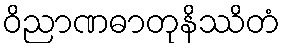
ဝိညာဏဓာတုနိဿိတံ